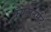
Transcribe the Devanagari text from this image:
कँण्टोंनमेंट